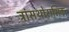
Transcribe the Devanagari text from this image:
ट्रांसथोरासिक